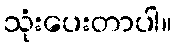
သုံးပေးတာပါ။